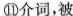
⑪介词，被